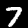
Digit: 7